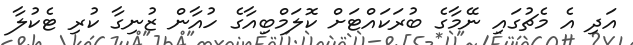
އަދި އެ މެޗުގައި ނޭމާގެ ބުރަކައްޓަށް ކޮލަމްބިއާގެ ހުއާން ޒުނިގާ ކުރި ޓެކުލާ